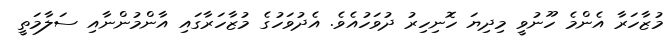
މުޒާހަރާ އެންމެ ހޫނުވީ މިދިޔަ ހޮނިހިރު ދުވަހުއެވެ. އެދުވަހުގެ މުޒާހަރާގައި އާންމުންނާއި ސަލާމަތީ